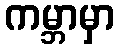
ကမ္ဘာမှာ